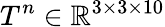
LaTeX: T^{n}\in\mathbb{R}^{3\times 3\times 10}